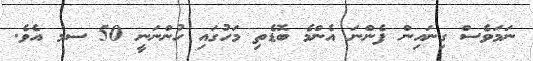
ނަމަވެސް ގިނައިން ފެންނަ އެންމެ ބޮޑެތި މަހުގައި ހުންނަނީ 50 ސމ އެވެ.